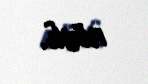
növü.